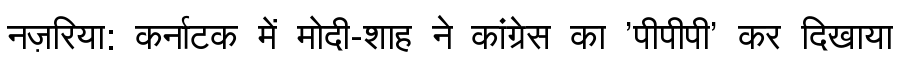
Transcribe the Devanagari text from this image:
नज़रिया: कर्नाटक में मोदी-शाह ने कांग्रेस का 'पीपीपी' कर दिखाया